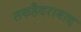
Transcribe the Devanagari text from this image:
तकहैदराबाद